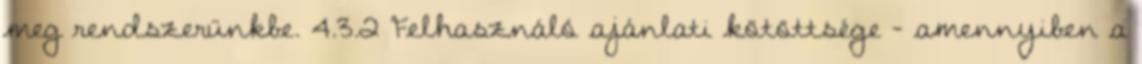
meg rendszerünkbe. 4.3.2 Felhasználó ajánlati kötöttsége - amennyiben a